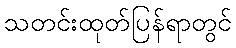
သတင်းထုတ်ပြန်ရာတွင်